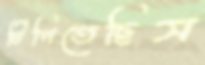
টিপিতেছিস